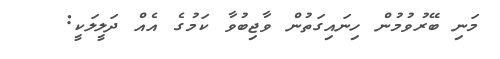
މަނި ބޭރުވުމުން ހިނައިގަތުން ވާޖިބުވާ ކަމުގެ އެއް ދަލީލަކީ: